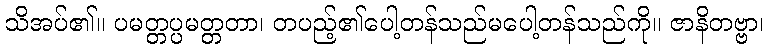
သိအပ်၏။ ပမတ္တပ္ပမတ္တတာ၊ တပည့်၏ပေါ့တန်သည်မပေါ့တန်သည်ကို။ ဇာနိတဗ္ဗာ၊